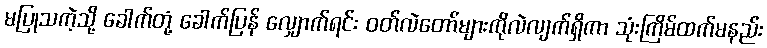
မပြုသကဲ့သို့ ခေါက်တုံ့ ခေါက်ပြန် လျှောက်ရင်း ဝတ်လဲတော်များကိုလဲလျက်ရှိကာ သုံးကြိမ်ထက်မနည်း